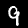
Label: 9